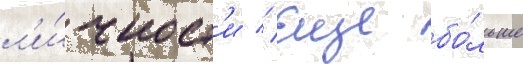
л'и́чност'и // Еще бо́льше